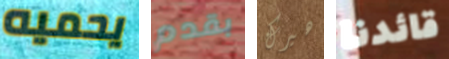
يحميه بقدم هيرك قائدنا